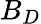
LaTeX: B_{D}